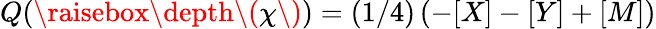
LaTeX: Q(\raisebox{\depth}{\( \chi\) })=(1/4)\left(-[X]-[Y]+[M]\right)